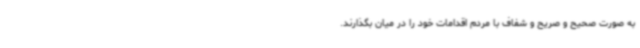
به صورت صحیح و صریح و شفاف با مردم اقدامات خود را در میان بگذارند.